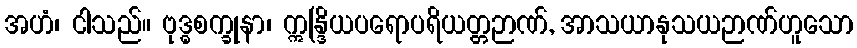
အဟံ၊ ငါသည်။ ဗုဒ္ဓစက္ခုနာ၊ ဣန္ဒြိယပရောပရိယတ္တဉာဏ်, အာသယာနုသယဉာဏ်ဟူသော